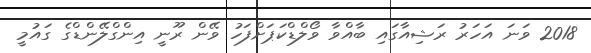
2018 ވަނަ އަހަރު ރަޝިއާގައި ބާއްވާ ވޯލްޑްކަޕަށްފަހު ވޭން ރޫނީ އިންގްލޭންޑްގެ ގައުމީ